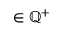
\in \mathbb { Q } ^ { + }